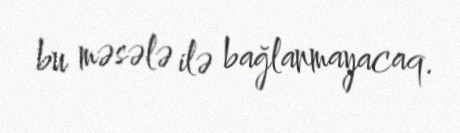
bu məsələ ilə bağlanmayacaq.